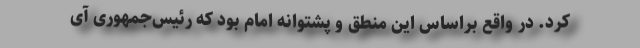
کرد. در واقع براساس این منطق و پشتوانه امام بود که رئیس‌جمهوری آی